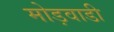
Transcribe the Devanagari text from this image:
मोड़वाडी